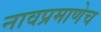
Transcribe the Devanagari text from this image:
नावप्रमाणेच